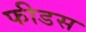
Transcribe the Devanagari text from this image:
फीडस